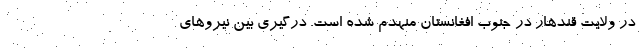
در ولایت قندهار در جنوب افغانستان منهدم شده است. درگیری بین نیروهای